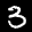
Label: 3